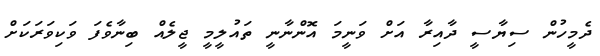
ދެމީހުން ސިޔާސީ ދާއިރާ އަށް ވަނީމަ އޮންނާނީ ތައުލީމީ ޖީލެއް ބިިނާވެފަ ވަކިވަރަކަށް